Vaccination report Assam 1874-1896 - 1874-1896
Year: 1874
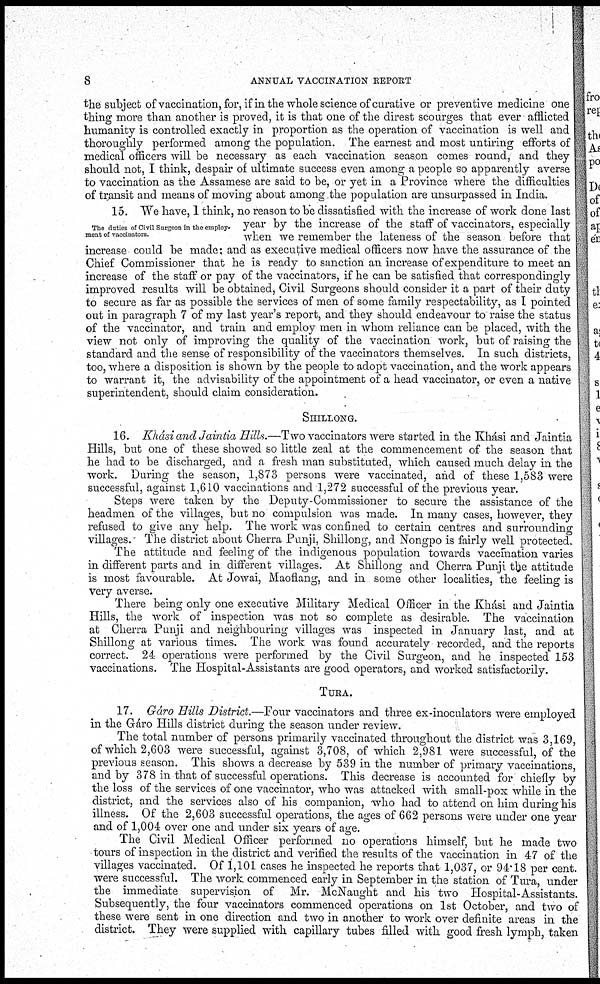
8
ANNUAL VACCINATION REPORT
the subject of vaccination, for, if in the whole science of curative or preventive medicine one
thing more than another is proved, it is that one of the direst scourges that ever afflicted
humanity is controlled exactly in proportion as the operation of vaccination is well and
thoroughly performed among the population. The earnest and most untiring efforts of
medical officers will be necessary as each vaccination season comes round, and they
should not, I think, despair of ultimate success even among a people so apparently averse
to vaccination as the Assamese are said to be, or yet in a Province where the difficulties
of transit and means of moving about among the population are unsurpassed in India.
The duties of Civil Surgeon in the employ-
ment of vaccinators.
15. We have, I think, no reason to be dissatisfied with the increase of work done last
year by the increase of the staff of vaccinators, especially
when we remember the lateness of the season before that
increase could be made; and as executive medical officers now have the assurance of the
Chief Commissioner that he is ready to sanction an increase of expenditure to meet an
increase of the staff or pay of the vaccinators, if he can be satisfied that correspondingly
improved results will be obtained, Civil Surgeons should consider it a part of their duty
to secure as far as possible the services of men of some family respectability, as I pointed
out in paragraph 7 of my last year's report, and they should endeavour to raise the status
of the vaccinator, and train and employ men in whom reliance can be placed, with the
view not only of improving the quality of the vaccination work, but of raising the
standard and the sense of responsibility of the vaccinators themselves. In such districts,
too, where a disposition is shown by the people to adopt vaccination, and the work appears
to warrant it, the advisability of the appointment of a head vaccinator, or even a native
superintendent, should claim consideration.
SHILLONG.
16. Khási and Jaintia Hills.—Two vaccinators were started in the Khási and Jaintia
Hills, but one of these showed so little zeal at the commencement of the season that
he had to be discharged, and a fresh man substituted, which caused much delay in the
work. During the season, 1,873 persons were vaccinated, and of these 1,583 were
successful, against 1,610 vaccinations and 1,272 successful of the previous year.
Steps were taken by the Deputy-Commissioner to secure the assistance of the
headmen of the villages, but no compulsion was made. In many cases, however, they
refused to give any help. The work was confined to certain centres and surrounding
villages. The district about Cherra Punji, Shillong, and Nongpo is fairly well protected.
The attitude and feeling of the indigenous population towards vaccination varies
in different parts and in different villages. At Shillong and Cherra Punji the attitude
is most favourable. At Jowai, Maoflang, and in some other localities, the feeling is
very averse.
There being only one executive Military Medical Officer in the Khási and Jaintia
Hills, the work of inspection was not so complete as desirable. The vaccination
at Cherra Punji and neighbouring villages was inspected in January last, and at
Shillong at various times. The work was found accurately recorded, and the reports
correct. 24 operations were performed by the Civil Surgeon, and he inspected 153
vaccinations. The Hospital-Assistants are good operators, and worked satisfactorily.
TURA.
17. Gáro Hills District.—Four vaccinators and three ex-inoculators were employed
in the Gáro Hills district during the season under review.
The total number of persons primarily vaccinated throughout the district was 3,169,
of which 2,603 were successful, against 3,708, of which 2,981 were successful, of the
previous season. This shows a decrease by 539 in the number of primary vaccinations,
and by 378 in that of successful operations. This decrease is accounted for chiefly by
the loss of the services of one vaccinator, who was attacked with small-pox while in the
district, and the services also of his companion, who had to attend on him during his
illness. Of the 2,603 successful operations, the ages of 662 persons were under one year
and of 1,004 over one and under six years of age.
The Civil Medical Officer performed no operations himself, but he made two
tours of inspection in the district and verified the results of the vaccination in 47 of the
villages vaccinated. Of 1,101 cases he inspected he reports that 1,037, or 94.18 per cent.
were successful. The work commenced early in September in the station of Tura, under
the immediate supervision of Mr. McNaught and his two Hospital-Assistants.
Subsequently, the four vaccinators commenced operations on 1st October, and two of
these were sent in one direction and two in another to work over definite areas in the
district. They were supplied with capillary tubes filled with good fresh lymph, taken